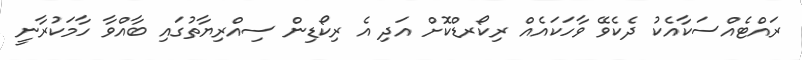
ރައްޓެއްސަކާއެކު ދެކެވޭ ވާހަކައެއް ރިކޯރޑްކޮށް އަދި އެ ރިކޯޑިން ސިއްރިޔާތުގައި ބާއްވާ ހާމަކުރާނީ